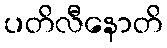
ပတိလီနောတိ